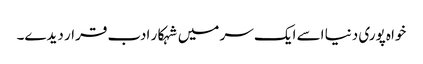
خواہ پوری دنیا اسے ایک سر میں شہکار ادب قرار دیدے۔